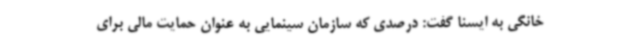
خانگی به ایسنا گفت: درصدی که سازمان سینمایی به عنوان حمایت مالی برای